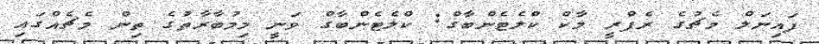
ފައިނަލް މެޗުގެ ރެފްރީ މާކް ކްލެޓެންބާގް: ކްލެޓެންބާގް ވަނީ މިމުބާރާތުގެ ތިން މެޗެއްގައި